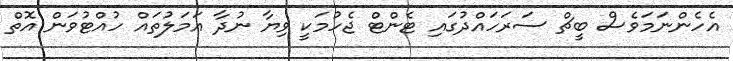
އެހެންނަމަވެސް ބީޗް ސަރަހައްދުގައި ޓެންޓް ޖެހުމަކީ ވިޔާ ނުދާ އަމަލުތައް ހުއްޓުވަން އޮތް